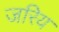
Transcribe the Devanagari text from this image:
जरिय